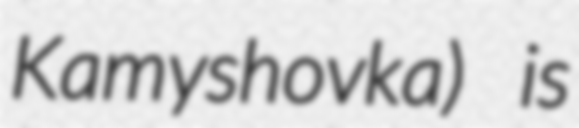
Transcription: Kamyshovka) is